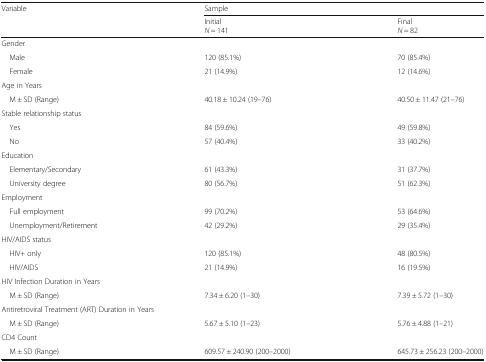
| <ROWSPAN=2> Variable | <COLSPAN=2> Sample |
 | InitialN = 141 | FinalN = 82 |
 | --- | --- | --- |
 | <COLSPAN=3> Gender |
 | Male | 120 (85.1%) | 70 (85.4%) |
 | Female | 21 (14.9%) | 12 (14.6%) |
 | <COLSPAN=3> Age in Years |
 | M ± SD (Range) | 40.18 ± 10.24 (19–76) | 40.50 ± 11.47 (21–76) |
 | <COLSPAN=3> Stable relationship status |
 | Yes | 84 (59.6%) | 49 (59.8%) |
 | No | 57 (40.4%) | 33 (40.2%) |
 | <COLSPAN=3> Education |
 | Elementary/Secondary | 61 (43.3%) | 31 (37.7%) |
 | University degree | 80 (56.7%) | 51 (62.3%) |
 | <COLSPAN=3> Employment |
 | Full employment | 99 (70.2%) | 53 (64.6%) |
 | Unemployment/Retirement | 42 (29.2%) | 29 (35.4%) |
 | <COLSPAN=3> HIV/AIDS status |
 | HIV+ only | 120 (85.1%) | 48 (80.5%) |
 | HIV/AIDS | 21 (14.9%) | 16 (19.5%) |
 | <COLSPAN=3> HIV Infection Duration in Years |
 | M ± SD (Range) | 7.34 ± 6.20 (1–30) | 7.39 ± 5.72 (1–30) |
 | <COLSPAN=3> Antiretroviral Treatment (ART) Duration in Years |
 | M ± SD (Range) | 5.67 ± 5.10 (1–23) | 5.76 ± 4.88 (1–21) |
 | <COLSPAN=3> CD4 Count |
 | M ± SD (Range) | 609.57 ± 240.90 (200–2000) | 645.73 ± 256.23 (200–2000) |